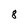
Character: 8